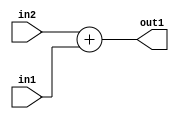
`timescale 1ps / 1ps
/*****************************************************************************
    Verilog RTL Description
    
    
    Created by: Stratus DpOpt 2019.1.01 
*******************************************************************************/

module st_weight_addr_gen_Add_1Ux1U_1U_4 (
	in2,
	in1,
	out1
	); /* architecture "behavioural" */ 
input  in2,
	in1;
output  out1;
wire  asc001;

assign asc001 = 
	+(in2)
	+(in1);

assign out1 = asc001;
endmodule

/* CADENCE  urjxSwg= : u9/ySgnWtBlWxVPRXgAZ4Og= ** DO NOT EDIT THIS LINE ******/